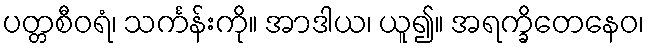
ပတ္တစီဝရံ၊ သင်္ကန်းကို။ အာဒါယ၊ ယူ၍။ အရက္ခိတေနေဝ၊